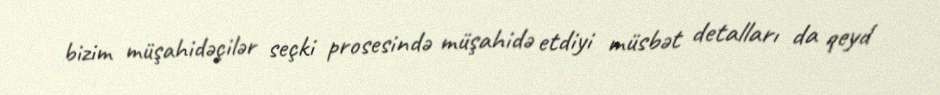
bizim müşahidəçilər seçki prosesində müşahidə etdiyi müsbət detalları da qeyd